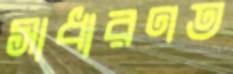
সাধারণত